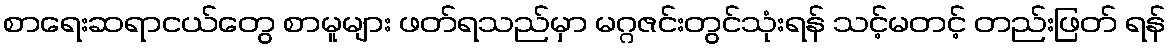
စာရေးဆရာငယ်တွေ စာမူများ ဖတ်ရသည်မှာ မဂ္ဂဇင်းတွင်သုံးရန် သင့်မတင့် တည်းဖြတ် ရန်